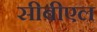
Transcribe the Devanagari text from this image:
सीबीएल